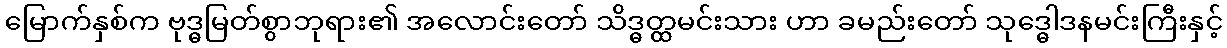
မြောက်နှစ်က ဗုဒ္ဓမြတ်စွာဘုရား၏ အလောင်းတော် သိဒ္ဓတ္ထမင်းသား ဟာ ခမည်းတော် သုဒ္ဓေါဒနမင်းကြီးနှင့်